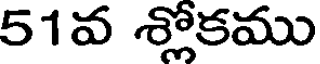
51వ శ్లోకము